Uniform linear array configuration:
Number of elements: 16
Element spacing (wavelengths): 1
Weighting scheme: blackman
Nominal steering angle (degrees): -30
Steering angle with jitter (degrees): -30.717
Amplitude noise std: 0.05
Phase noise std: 0.05

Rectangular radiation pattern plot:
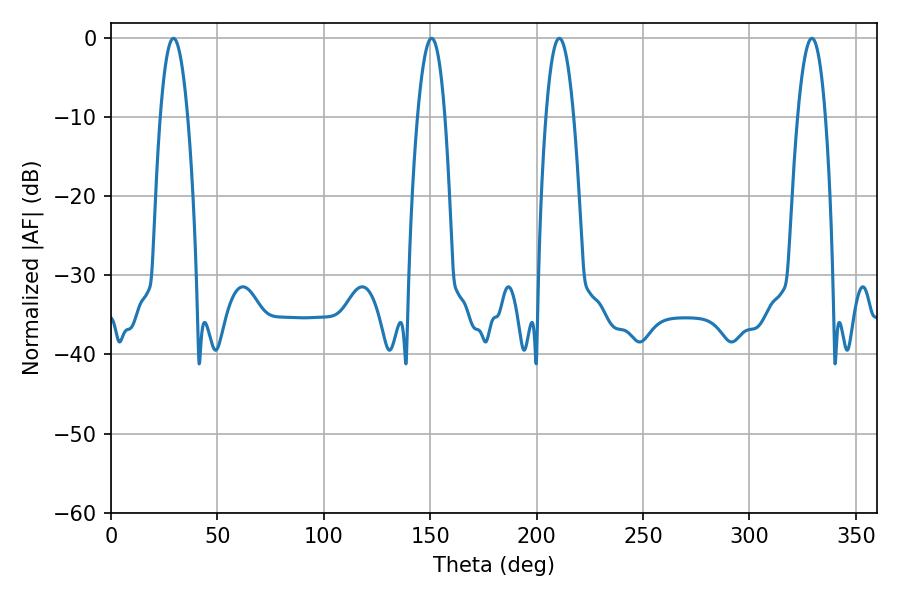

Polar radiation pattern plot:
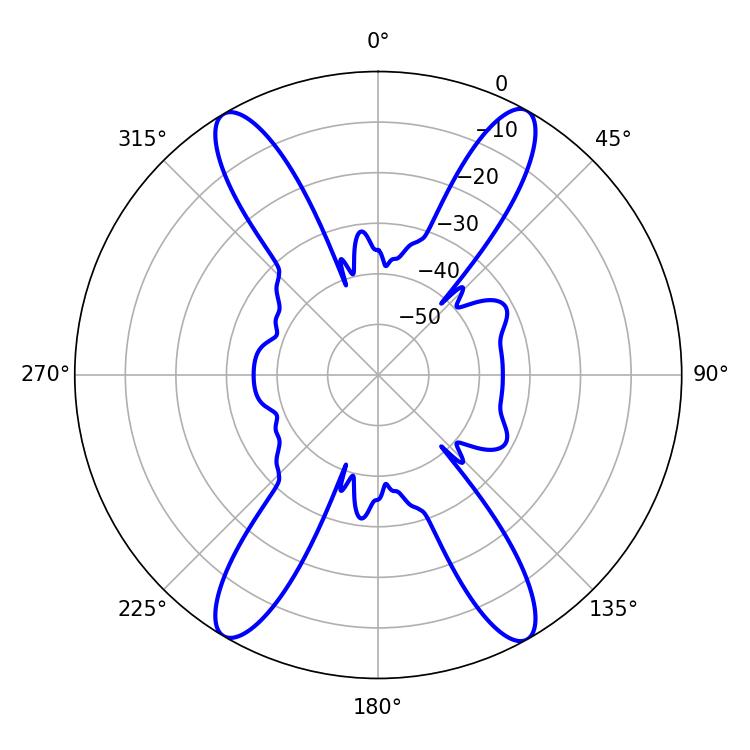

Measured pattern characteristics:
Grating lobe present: TRUE
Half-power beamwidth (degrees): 7.02
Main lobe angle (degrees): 29.34